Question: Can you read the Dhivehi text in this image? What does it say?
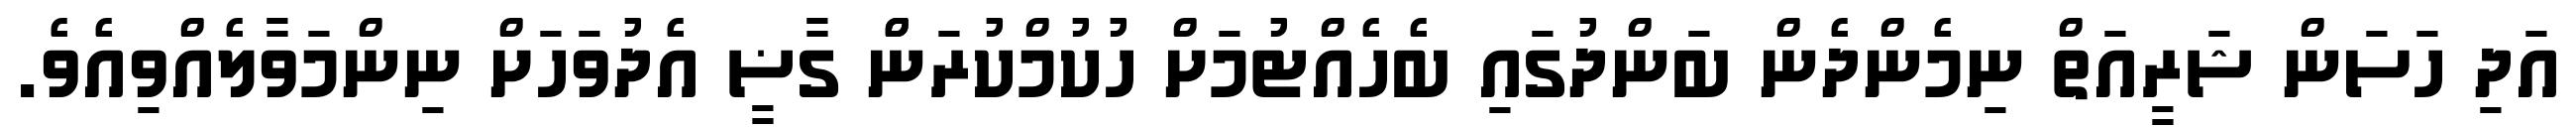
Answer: އަދި ހަސަން ޝަރީއަތް ނިމެންދެން ބަންދުގައި ބެހެއްޓުމަށް ހުކުމްކުރަންް ގާޟީ އެދުވަހަށް ނިންމަވާލެއްވިއެވެ.